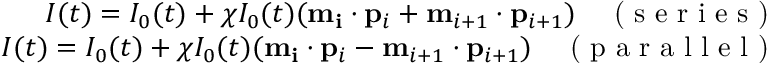
\begin{array} { r } { I ( t ) = I _ { 0 } ( t ) + \chi I _ { 0 } ( t ) ( \mathbf { m _ { i } } \cdot \mathbf { p } _ { i } + \mathbf { m } _ { i + 1 } \cdot \mathbf { p } _ { i + 1 } ) \quad \textrm { ( s e r i e s ) } } \\ { I ( t ) = I _ { 0 } ( t ) + \chi I _ { 0 } ( t ) ( \mathbf { m _ { i } } \cdot \mathbf { p } _ { i } - \mathbf { m } _ { i + 1 } \cdot \mathbf { p } _ { i + 1 } ) \quad \textrm { ( p a r a l l e l ) } } \end{array}